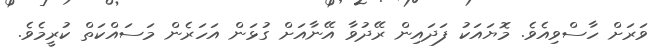
ވަރަށް ހާސްވިއެވެ. މޮޔައަކު ފަދައިން ރޭދުވާ އޭނާއަށް ގުޅަން އަހަރެން މަސައްކަތް ކުރީމެވެ.